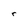
Character: r